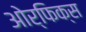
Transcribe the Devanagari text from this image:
ओर्फिक्स